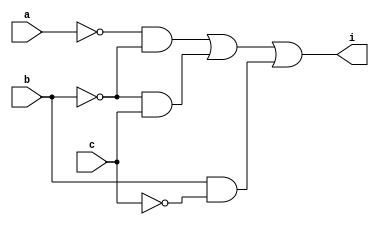
//Castillo, Joaquin Iverson M.
//CpE317
//2020759

module part1minterm(
    input a,b,c,
    output i
);
    // reference: !A!B + !BC + B!C
    wire notA,notB,notC,BnotC,notBC,notAnotB;

    not(notA,a);
    not(notB,b);
    not(notC,c);

    and(BnotC,b,notC);
    and(notBC,notB,c);
    and(notAnotB,notA,notB);

    or(i,notAnotB,notBC,BnotC);
endmodule

module part1Maxterm(
    input a,b,c,
    output i
);
    // reference: (!A+B+C)(!B+!C)
    wire notA,notB,notC,notABC,notBnotC;

    not(notA,a);
    not(notB,b);
    not(notC,c);

    or(notABC,notA,b,c);
    or(notBnotC,notB,notC);

    and(i,notABC,notBnotC);
endmodule

module part5Minterm(
    input a,b,c,d,
    output i
);
    // reference: !A!C!B+!ADB+!AD!C+A!BCD+AB!C
    wire notA,notB,notC,
        notAnotCnotB,notADB,
        notADnotC,notABCD,ABnotC;

    not(notA,a);
    not(notB,b);
    not(notC,c);

    and(notAnotCnotB,notA,notC,notB);
    and(notADB,notA,d,b);
    and(notADnotC,notA,d,notC);
    and(AnotBCD,a,notB,c,d);
    and(ABnotC,a,b,notC);

    or(i,notAnotCnotB,notADB,notADnotC,AnotBCD,ABnotC);
endmodule

module part5Maxterm(
    input a,b,c,d,
    output i
);
    // reference: (!A+!B+!C)(!A+B+C)(A+!B+D)(A+B+!C)(!C+D)
    wire notA,notB,notC,
        notAnotBnotC,notABC,AnotBD,
        ABnotC,notCD;

    not(notA,a);
    not(notB,b);
    not(notC,c);

    or(notAnotBnotC,notA,notB,notC);
    or(notABC,notA,b,c);
    or(AnotBD,a,notB,d);
    or(ABnotC,a,b,notC);
    or(notCD,notC,d);

    and(i,notAnotBnotC,notABC,AnotBD,ABnotC,notCD);
endmodule

module Lab3TestBench;
    reg a,b,c,d;
    wire oneMinterm,oneMaxterm,fiveMinterm,fiveMaxterm;

    part1minterm P1Min(a,b,c,oneMinterm);
    part1Maxterm P1Max(a,b,c,oneMaxterm);
    part5Minterm P5Min(a,b,c,d,fiveMinterm);
    part5Maxterm P5Max(a,b,c,d,fiveMaxterm);

    initial
        begin
            $dumpfile("Experiment3.vcd");
	        $dumpvars(-1, P1Min,P1Max,P5Min,P5Max);
	        $monitor("%b",  oneMinterm,oneMaxterm,fiveMinterm,fiveMaxterm);
        end
    initial begin
        #1 a=0;b=0;c=0;
        $display("part1 minterm: !A!B + !BC + B!C");
        $monitor("a=%b, b=%b, c=%b : i=%b",a,b,c,oneMinterm);
        #1 a=0;b=0;c=1;
        #1 a=0;b=1;c=0;
        #1 a=0;b=1;c=1;
        #1 a=1;b=0;c=0;
        #1 a=1;b=0;c=1;
        #1 a=1;b=1;c=0;
        #1 a=1;b=1;c=1;

        #1 a=0;b=0;c=0;
        $display("\npart1 maxterm: (!A+B+C)(!B+!C)");
        $monitor("a=%b, b=%b, c=%b : i1=%b",a,b,c,oneMaxterm);
        #1 a=0;b=0;c=1;
        #1 a=0;b=1;c=0;
        #1 a=0;b=1;c=1;
        #1 a=1;b=0;c=0;
        #1 a=1;b=0;c=1;
        #1 a=1;b=1;c=0;
        #1 a=1;b=1;c=1;

        #1 a=0;b=0;c=0;d=0;
        $display("\npart5 minterm: !A!C!B+!ADB+!AD!C+A!BCD+AB!C");
        $monitor("a=%b, b=%b, c=%b, d=%b : i1=%b",a,b,c,d,fiveMinterm);
        #1 a=0;b=0;c=0;d=1;
        #1 a=0;b=0;c=1;d=0;
        #1 a=0;b=0;c=1;d=1;
        #1 a=0;b=1;c=0;d=0;
        #1 a=0;b=1;c=0;d=1;
        #1 a=0;b=1;c=1;d=0;
        #1 a=0;b=1;c=1;d=1;
        #1 a=1;b=0;c=0;d=0;
        #1 a=1;b=0;c=0;d=1;
        #1 a=1;b=0;c=1;d=0;
        #1 a=1;b=0;c=1;d=1;
        #1 a=1;b=1;c=0;d=0;
        #1 a=1;b=1;c=0;d=1;
        #1 a=1;b=1;c=1;d=0;
        #1 a=1;b=1;c=1;d=1;

        #1 a=0;b=0;c=0;d=0;
        $display("\npart5 maxterm: (!A+!B+!C)(!A+B+C)(A+!B+D)(A+B+!C)(!C+D)");
        $monitor("a=%b, b=%b, c=%b, d=%b : i1=%b",a,b,c,d,fiveMaxterm);
        #1 a=0;b=0;c=0;d=1;
        #1 a=0;b=0;c=1;d=0;
        #1 a=0;b=0;c=1;d=1;
        #1 a=0;b=1;c=0;d=0;
        #1 a=0;b=1;c=0;d=1;
        #1 a=0;b=1;c=1;d=0;
        #1 a=0;b=1;c=1;d=1;
        #1 a=1;b=0;c=0;d=0;
        #1 a=1;b=0;c=0;d=1;
        #1 a=1;b=0;c=1;d=0;
        #1 a=1;b=0;c=1;d=1;
        #1 a=1;b=1;c=0;d=0;
        #1 a=1;b=1;c=0;d=1;
        #1 a=1;b=1;c=1;d=0;
        #1 a=1;b=1;c=1;d=1;
    end
endmodule